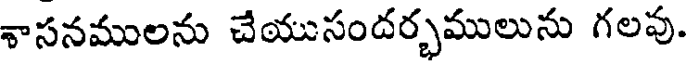
శాసనములను చేయుసందర్భములును గలవు.